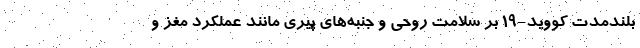
بلندمدت کووید-۱۹ بر سلامت روحی و جنبه‌های پیری مانند عملکرد مغز و